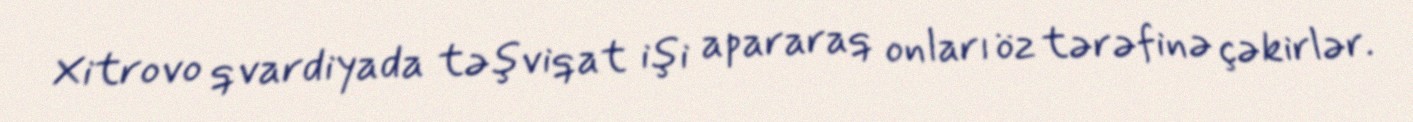
Xitrovo qvardiyada təşviqat işi apararaq onları öz tərəfinə çəkirlər.